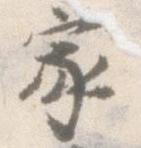
家